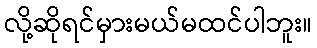
လို့ဆိုရင်မှားမယ်မထင်ပါဘူး။